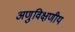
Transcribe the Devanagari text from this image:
अणुविक्षणीय